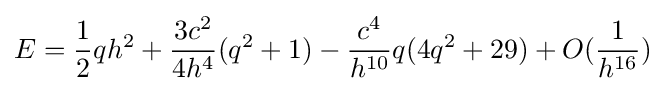
E={\frac {1}{2}}qh^{2}+{\frac {3c^{2}}{4h^{4}}}(q^{2}+1)-{\frac {c^{4}}{h^{10}}}q(4q^{2}+29)+O({\frac {1}{h^{16}}})